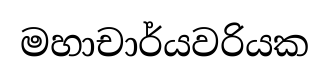
මහාචාර්යවරියක